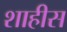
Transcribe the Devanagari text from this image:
शाहीस